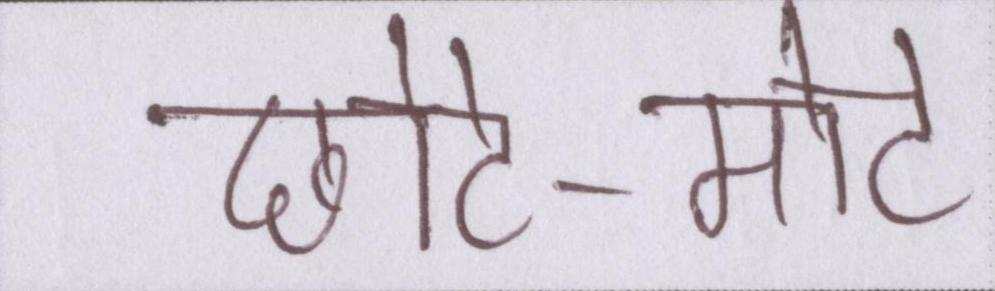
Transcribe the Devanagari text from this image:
छोटे-मोटे